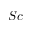
S c